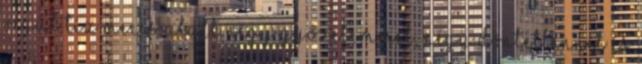
végül tíz meccs alatt négy győzelemmel, négy döntetlennel és